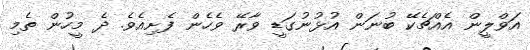
އަވްލީން އެއްޗެކޭ ބުނަން އުޅުނުގަޑީ ވާރޭ ވެހެން ފެށިއެވެ. ދެ މީހުން ތެމި